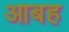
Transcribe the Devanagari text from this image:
आबह